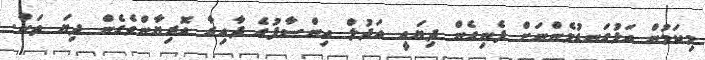
މިކަމުން އަޅުގަނޑުމެންނަށް ފެނިގެން ދިޔައީ އަދުލް އިންސާފުގެ ދާއިރާ އޮރިޔާންވެގެން ދިޔަ ތަން.